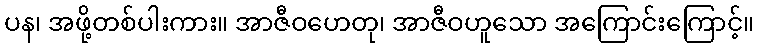
ပန၊ အဖို့တစ်ပါးကား။ အာဇီဝဟေတု၊ အာဇီဝဟူသော အကြောင်းကြောင့်။